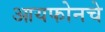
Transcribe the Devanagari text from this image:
आयफोनचे